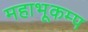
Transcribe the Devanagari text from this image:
महाभूकम्प